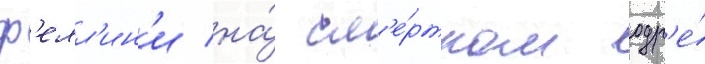
ф'елл'ин'и на́ см'е́ртном одр'е́